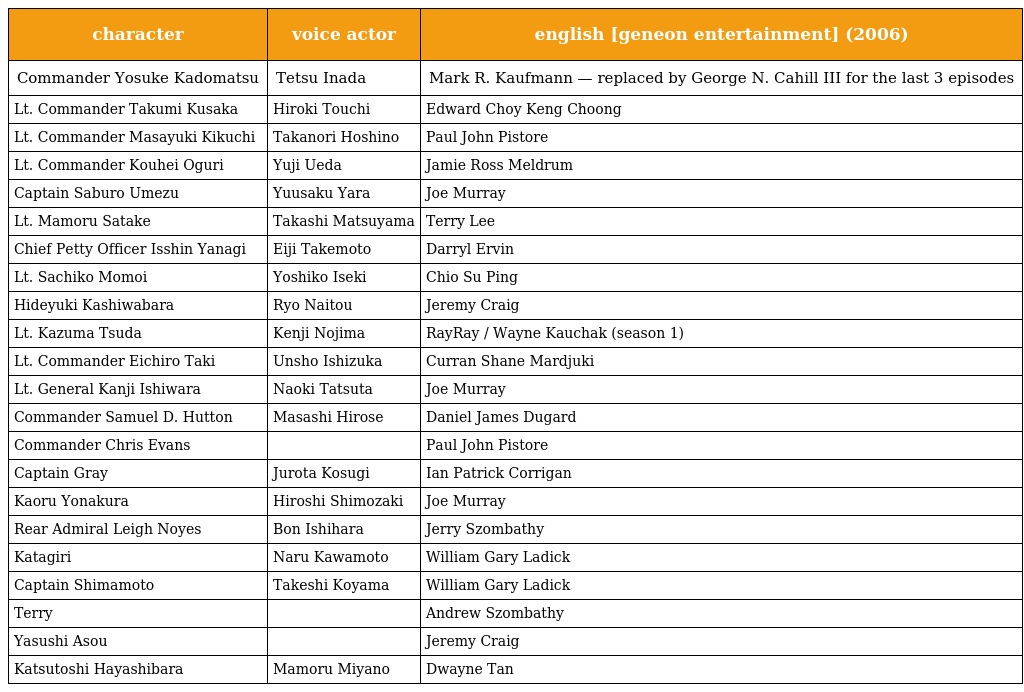
| character | voice actor | english [geneon entertainment] (2006) |
 | --- | --- | --- |
 | Commander Yosuke Kadomatsu | Tetsu Inada | Mark R. Kaufmann — replaced by George N. Cahill III for the last 3 episodes |
 | Lt. Commander Takumi Kusaka | Hiroki Touchi | Edward Choy Keng Choong |
 | Lt. Commander Masayuki Kikuchi | Takanori Hoshino | Paul John Pistore |
 | Lt. Commander Kouhei Oguri | Yuji Ueda | Jamie Ross Meldrum |
 | Captain Saburo Umezu | Yuusaku Yara | Joe Murray |
 | Lt. Mamoru Satake | Takashi Matsuyama | Terry Lee |
 | Chief Petty Officer Isshin Yanagi | Eiji Takemoto | Darryl Ervin |
 | Lt. Sachiko Momoi | Yoshiko Iseki | Chio Su Ping |
 | Hideyuki Kashiwabara | Ryo Naitou | Jeremy Craig |
 | Lt. Kazuma Tsuda | Kenji Nojima | RayRay / Wayne Kauchak (season 1) |
 | Lt. Commander Eichiro Taki | Unsho Ishizuka | Curran Shane Mardjuki |
 | Lt. General Kanji Ishiwara | Naoki Tatsuta | Joe Murray |
 | Commander Samuel D. Hutton | Masashi Hirose | Daniel James Dugard |
 | Commander Chris Evans |  | Paul John Pistore |
 | Captain Gray | Jurota Kosugi | Ian Patrick Corrigan |
 | Kaoru Yonakura | Hiroshi Shimozaki | Joe Murray |
 | Rear Admiral Leigh Noyes | Bon Ishihara | Jerry Szombathy |
 | Katagiri | Naru Kawamoto | William Gary Ladick |
 | Captain Shimamoto | Takeshi Koyama | William Gary Ladick |
 | Terry |  | Andrew Szombathy |
 | Yasushi Asou |  | Jeremy Craig |
 | Katsutoshi Hayashibara | Mamoru Miyano | Dwayne Tan |